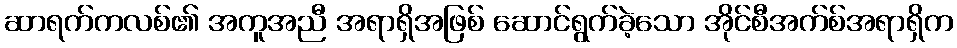
ဆာရက်ကလစ်၏ အကူအညီ အရာရှိအဖြစ် ဆောင်ရွက်ခဲ့သော အိုင်စီအက်စ်အရာရှိက